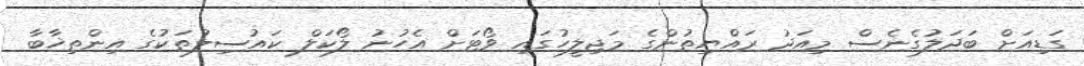
ގަޑިއަށް ބަދަލުގެނެސް މިއަދު ރައްޔިތުންގެ މަޖިލީހުގައި ވޯޓަށް އެހުނު ލޯކަލް ކައުސިލުތަކުގެ އިންތިޚާބާ